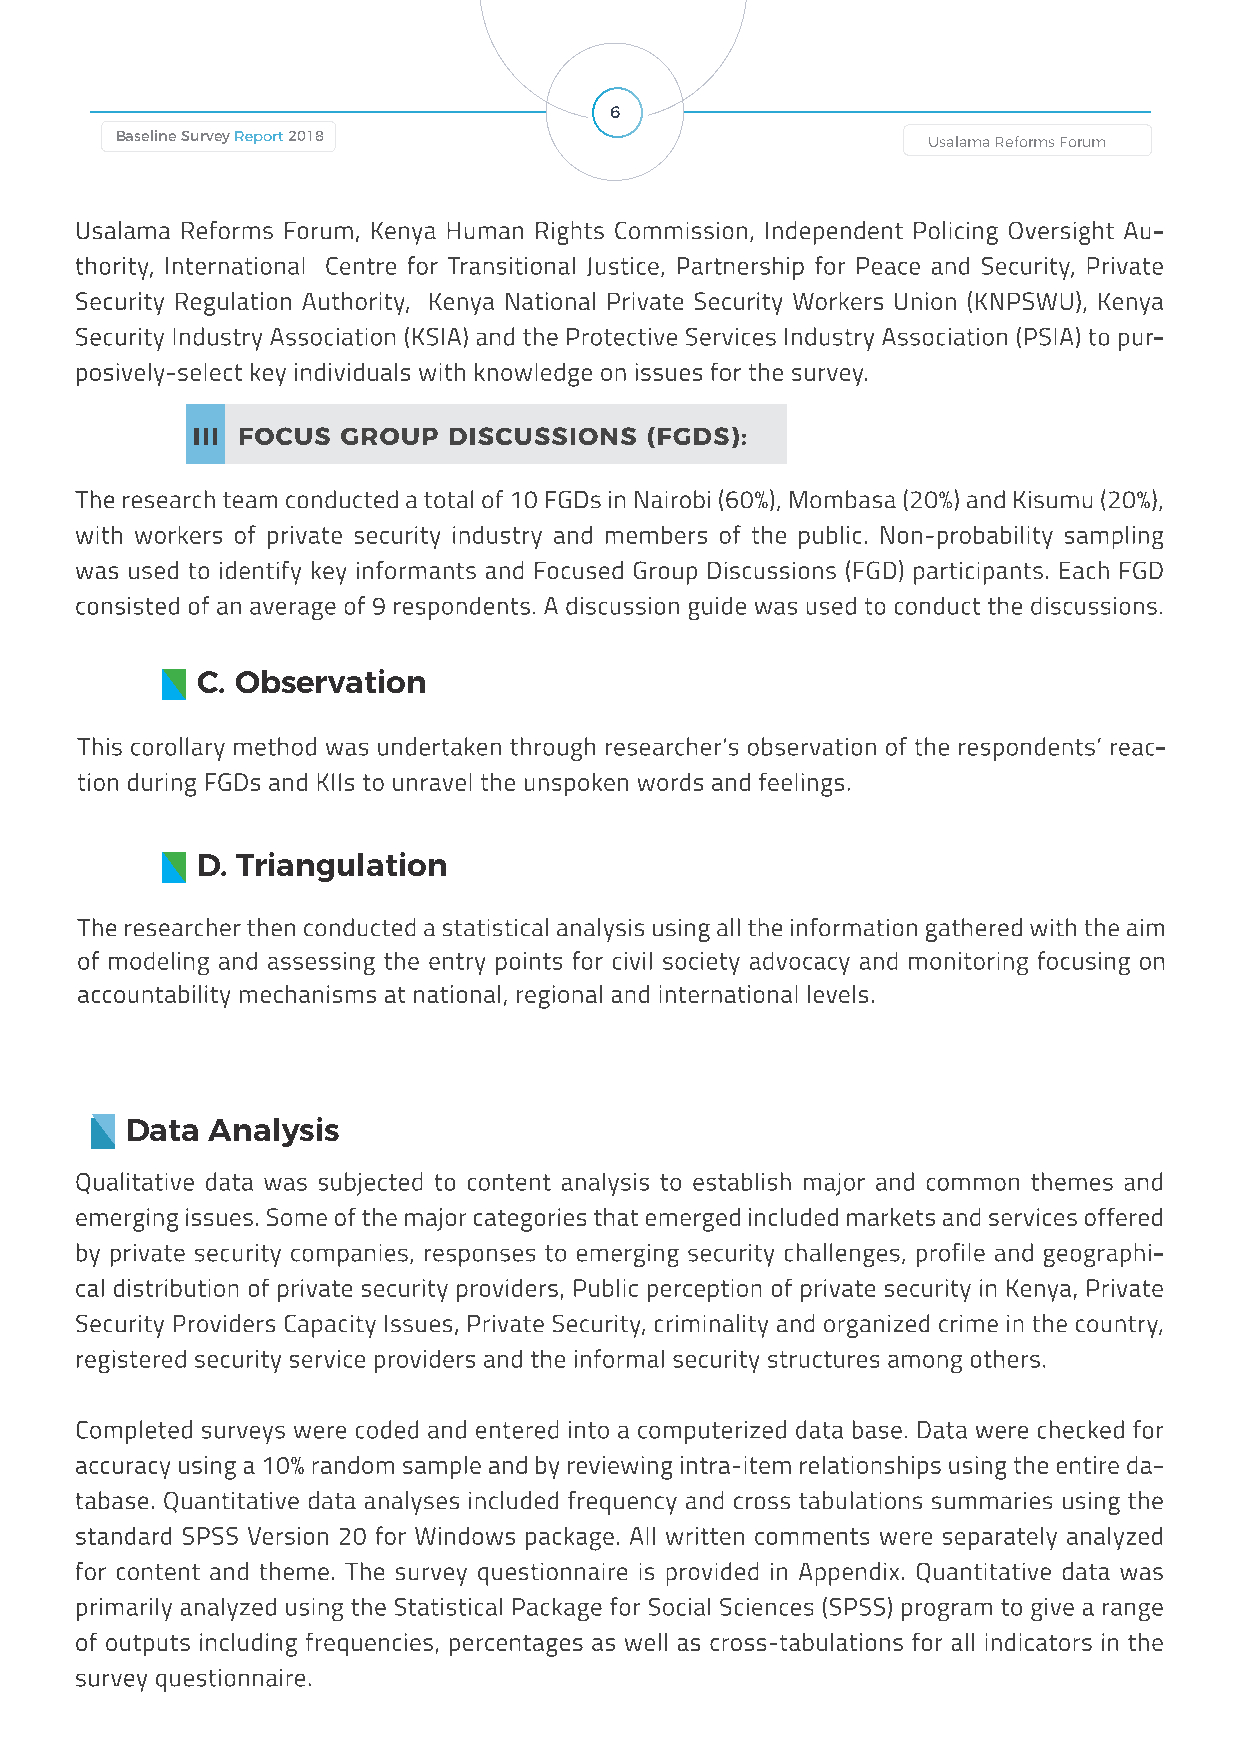
6
 Baseline Survey Report 2018                          Usalama Reforms Forum        Usalama Reforms Forum                                 Baseline Survey Report 2018
 Usalama Reforms Forum, Kenya Human Rights Commission, Independent Policing Oversight Au-
 thority, International Centre for Transitional Justice, Partnership for Peace and Security, Private
 Security Regulation Authority, Kenya National Private Security Workers Union (KNPSWU), Kenya
 Security Industry Association (KSIA) and the Protective Services Industry Association (PSIA) to pur-
 posively-select key individuals with knowledge on issues for the survey.
 III FOCUS GROUP  DISCUSSIONS  (FGDS):
 The research team conducted a total of 10 FGDs in Nairobi (60%), Mombasa (20%) and Kisumu (20%),
 with workers of private security industry and members of the public. Non-probability sampling
 was used to identify key informants and Focused Group Discussions (FGD) participants. Each FGD
 consisted of an average of 9 respondents. A discussion guide was used to conduct the discussions.
 C. Observation
 This corollary method was undertaken through researcher’s observation of the respondents’ reac-
 tion during FGDs and KIIs to unravel the unspoken words and feelings.
 D. Triangulation
 The researcher then conducted a statistical analysis using all the information gathered with the aim
 of modeling and assessing the entry points for civil society advocacy and monitoring focusing on
 accountability mechanisms at national, regional and international levels.
 Data  Analysis
 Qualitative data was subjected to content analysis to establish major and common themes and
 emerging issues. Some of the major categories that emerged included markets and services offered
 by private security companies, responses to emerging security challenges, profile and geographi-
 cal distribution of private security providers, Public perception of private security in Kenya, Private
 Security Providers Capacity Issues, Private Security, criminality and organized crime in the country,
 registered security service providers and the informal security structures among others.
 Completed surveys were coded and entered into a computerized data base. Data were checked for
 accuracy using a 10% random sample and by reviewing intra-item relationships using the entire da-
 tabase. Quantitative data analyses included frequency and cross tabulations summaries using the
 standard SPSS Version 20 for Windows package. All written comments were separately analyzed
 for content and theme. The survey questionnaire is provided in Appendix. Quantitative data was
 primarily analyzed using the Statistical Package for Social Sciences (SPSS) program to give a range
 of outputs including frequencies, percentages as well as cross-tabulations for all indicators in the
 survey questionnaire.